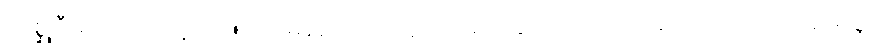
လိစ္ဆုဝီမင်းသားတို့အား။ ကာမညေဝ၊ ဝတ္ထုကာမ ကိလောသာကာမကိုသာလျှင်။ အာရဗ္ဘ၊